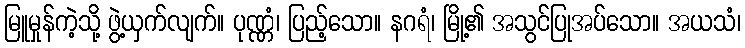
မြူမှုန်ကဲ့သို့ ဖွဲ့ယှက်လျက်။ ပုဏ္ဏံ၊ ပြည့်သော။ နဂရံ၊ မြို့၏ အသွင်ပြုအပ်သော။ အယသံ၊